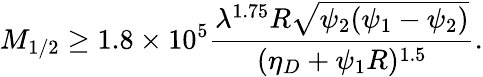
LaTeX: M_{1/2}\geq 1.8\times 10^{5}\frac{\lambda^{1.75}R\sqrt{\psi_{2}(\psi_{1}-\psi_{2})}}{(\eta_{D}+\psi_{1}R)^{1.5}}.